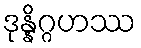
ဒုန္နိဂ္ဂဟဿ